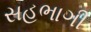
સહભાગી